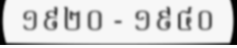
១៩២០ - ១៩៤០